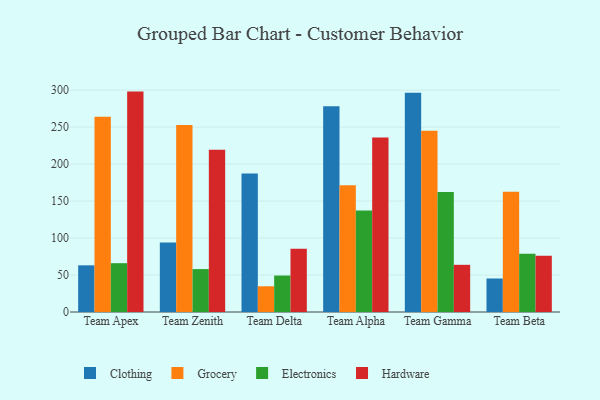
{"axis": {"x": "Team", "y": "Headcount"}, "legend": ["Clothing", "Electronics", "Grocery", "Hardware"], "data": [{"x": "Team Apex", "y": 63.1, "type": "Clothing"}, {"x": "Team Apex", "y": 264.1, "type": "Grocery"}, {"x": "Team Apex", "y": 66.0, "type": "Electronics"}, {"x": "Team Apex", "y": 298.0, "type": "Hardware"}, {"x": "Team Zenith", "y": 94.0, "type": "Clothing"}, {"x": "Team Zenith", "y": 253.0, "type": "Grocery"}, {"x": "Team Zenith", "y": 58.0, "type": "Electronics"}, {"x": "Team Zenith", "y": 219.4, "type": "Hardware"}, {"x": "Team Delta", "y": 187.2, "type": "Clothing"}, {"x": "Team Delta", "y": 34.8, "type": "Grocery"}, {"x": "Team Delta", "y": 49.3, "type": "Electronics"}, {"x": "Team Delta", "y": 85.4, "type": "Hardware"}, {"x": "Team Alpha", "y": 278.3, "type": "Clothing"}, {"x": "Team Alpha", "y": 171.4, "type": "Grocery"}, {"x": "Team Alpha", "y": 137.3, "type": "Electronics"}, {"x": "Team Alpha", "y": 236.1, "type": "Hardware"}, {"x": "Team Gamma", "y": 296.3, "type": "Clothing"}, {"x": "Team Gamma", "y": 245.2, "type": "Grocery"}, {"x": "Team Gamma", "y": 162.3, "type": "Electronics"}, {"x": "Team Gamma", "y": 63.8, "type": "Hardware"}, {"x": "Team Beta", "y": 45.3, "type": "Clothing"}, {"x": "Team Beta", "y": 162.7, "type": "Grocery"}, {"x": "Team Beta", "y": 78.9, "type": "Electronics"}, {"x": "Team Beta", "y": 76.1, "type": "Hardware"}]}